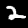
Label: 2